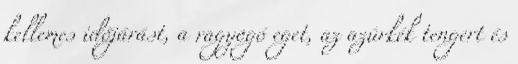
kellemes időjárást, a ragyogó eget, az azúrkék tengert és